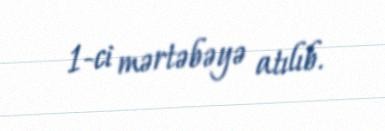
1-ci mərtəbəyə atılıb.